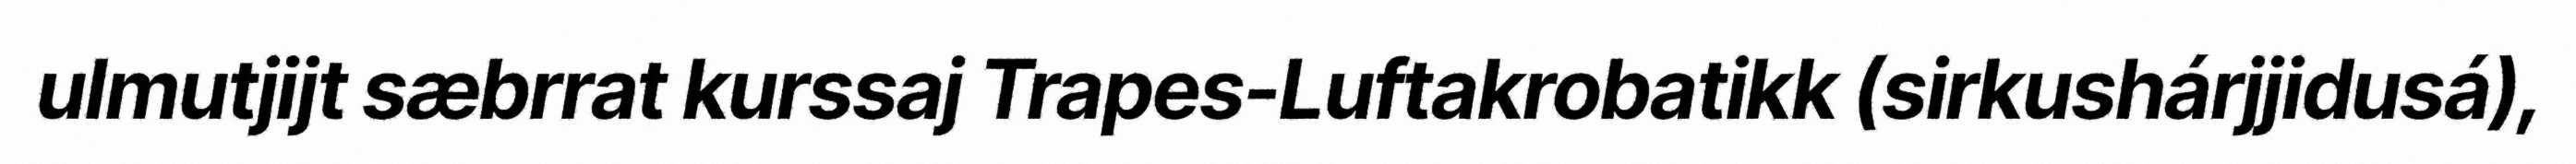
ulmutjijt sæbrrat kurssaj Trapes-Luftakrobatikk (sirkushárjjidusá),